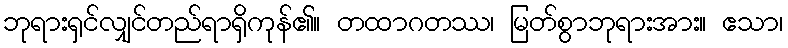
ဘုရားရှင်လျှင်တည်ရာရှိကုန်၏။ တထာဂတဿ၊ မြတ်စွာဘုရားအား။ ဧသာ၊